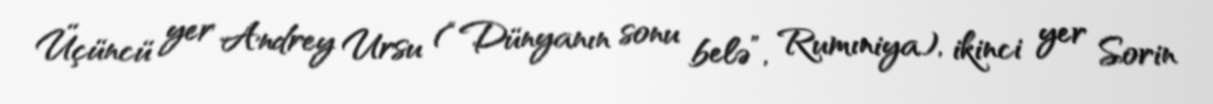
Üçüncü yer Andrey Ursu (“Dünyanın sonu belə”, Rumıniya), ikinci yer Sorin